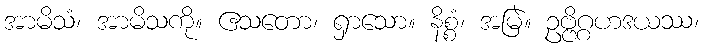
အာမိသံ၊ အာမိသကို။ ဧသတော၊ ရှာသော။ နိစ္စံ၊ အမြဲ။ ဥဗ္ဗိဂ္ဂဟဒယဿ၊